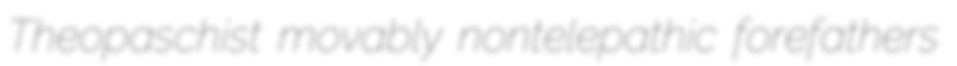
Theopaschist movably nontelepathic forefathers